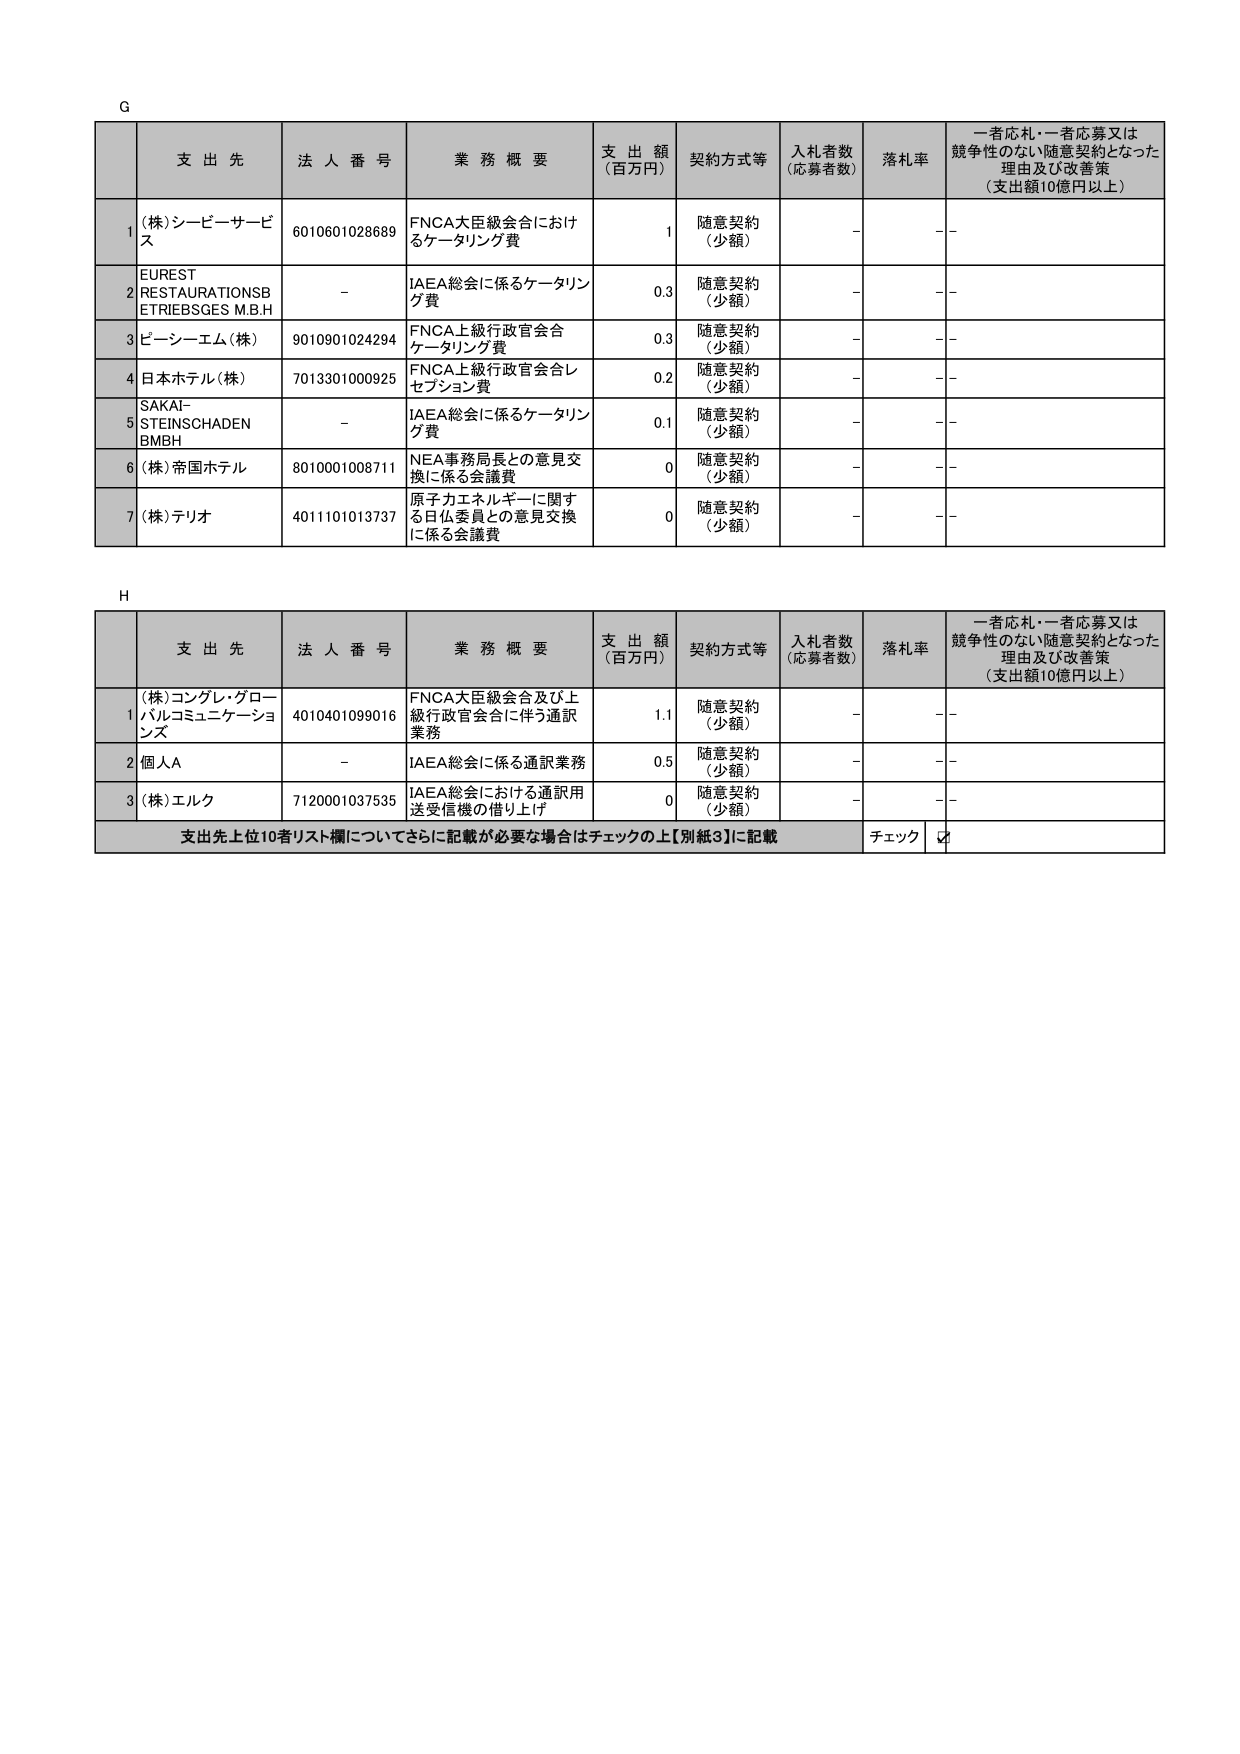
G

支出先 法人番号 業務概要 支出額 （百万円） 契約方式等 入札者数 （応募者数） 落札率 一者応札・一者応募又は競争性のない随意契約となった理由及び改善策 （支出額10億円以上）

1 (株)シービーサービス 6010601028689 FNCA大臣級会合におけるケータリング費 1 随意契約 （少額） - - -

2 EUREST RESTAURATIONS BETRIEBSGES M.B.H - IAEA総会に係るケータリング費 0.3 随意契約 （少額） - - -

3 ピーシーエム(株) 9010901024294 FNCA上級行政官会合ケータリング費 0.3 随意契約 （少額） - - -

4 日本ホテル(株) 7013301000925 FNCA上級行政官会合レセプション費 0.2 随意契約 （少額） - - -

5 SAKAI-STEINSCHADEN BMBH - IAEA総会に係るケータリング費 0.1 随意契約 （少額） - - -

6 (株)帝国ホテル 8010001008711 NEA事務局長との意見交換に係る会議費 0 随意契約 （少額） - - -

7 (株)テリオ 4011101013737 原子力エネルギーに関する日仏委員との意見交換に係る会議費 0 随意契約 （少額） - - -

H

支出先 法人番号 業務概要 支出額 （百万円） 契約方式等 入札者数 （応募者数） 落札率 一者応札・一者応募又は競争性のない随意契約となった理由及び改善策 （支出額10億円以上）

1 (株)コングレ・グローバルコミュニケーションズ 4010401099016 FNCA大臣級会合及び上級行政官会合に伴う通訳業務 1.1 随意契約 （少額） - - -

2 個人A - IAEA総会に係る通訳業務 0.5 随意契約 （少額） - - -

3 (株)エルク 7120001037535 IAEA総会における通訳用送受信機の借り上げ 0 随意契約 （少額） - - -

支出先上位10者リスト欄についてさらに記載が必要な場合はチェックの上【別紙3】に記載 チェック ☑